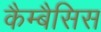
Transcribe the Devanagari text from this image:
कैम्बैसिस